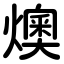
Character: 燠